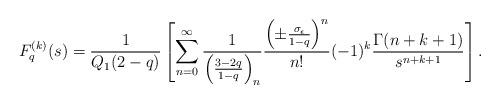
LaTeX: \begin{align*}F_{q}^{(k)}(s) = \frac{1}{Q_{1}(2-q)} \left[ \displaystyle \sum_{n=0}^{\infty} \frac{1}{\left(\frac{3-2q}{1-q}\right)_{n}} \frac{\left(\pm \frac{\sigma_{\epsilon}}{1-q}\right)^{n}}{n!} (-1)^{k} \frac{\Gamma(n+k+1)}{s^{n+k+1}}\right]. \end{align*}